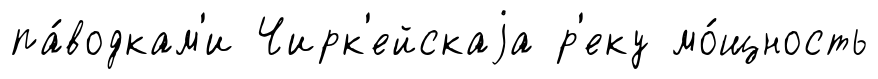
па́водкам'и Чирк'ейскаjа р'еку мо́щность